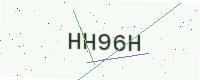
Text: HH96H